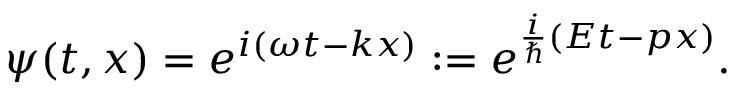
\psi ( t , x ) = e ^ { i ( \omega t - k x ) } : = e ^ { \frac { i } { \hbar } ( E t - p x ) } .